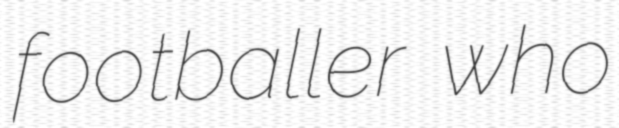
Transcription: footballer who